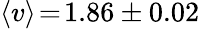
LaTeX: \langle v\rangle\! =\! 1.86\pm 0.02